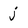
Character: j